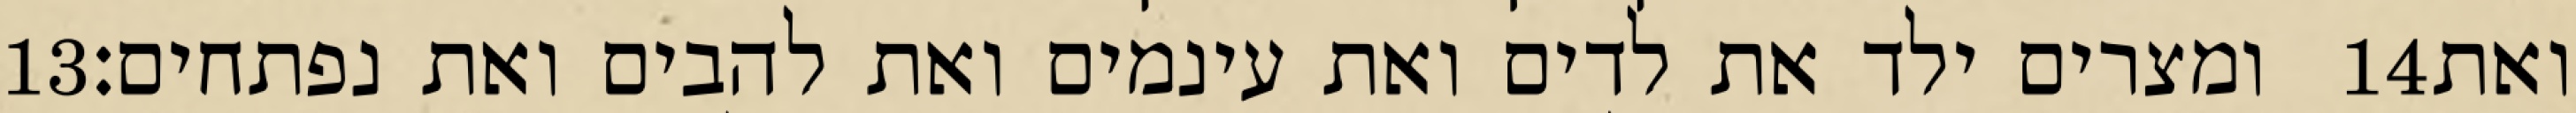
‎13‏ ומצרים ילד את לדים ואת עינמים ואת להבים ואת נפתחים׃ ‎14‏ ואת